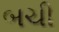
બચી